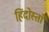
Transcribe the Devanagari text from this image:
हिंदोस्ताँ